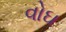
વોઘ